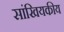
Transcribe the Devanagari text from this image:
सांखियकीय